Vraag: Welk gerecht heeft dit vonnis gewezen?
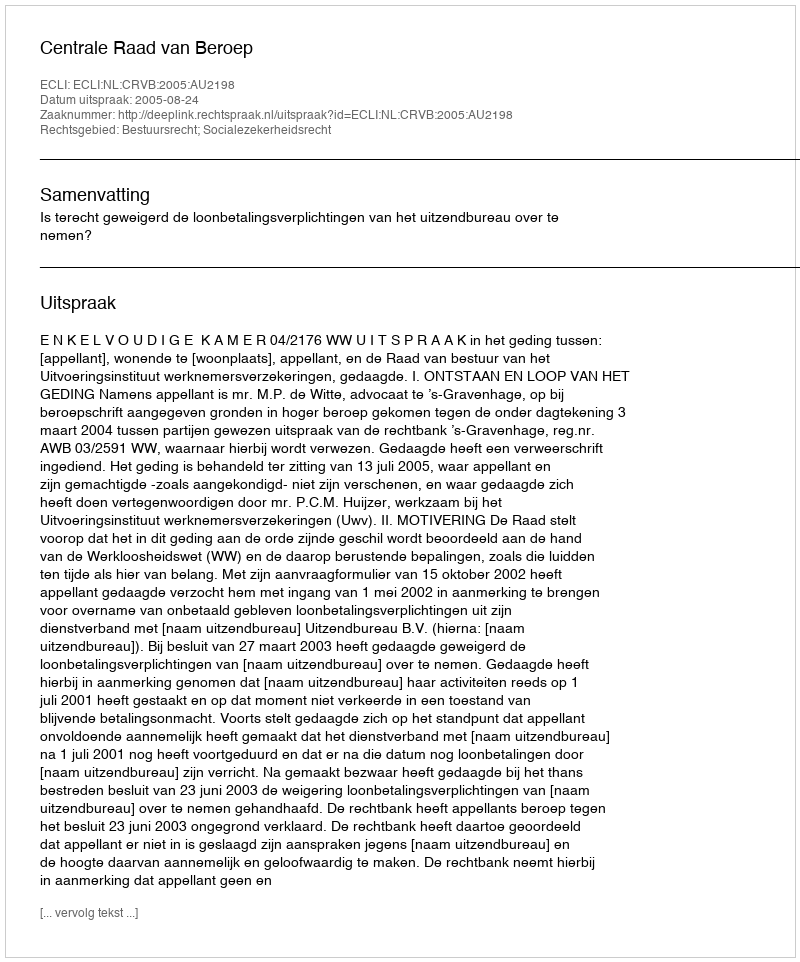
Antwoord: Centrale Raad van Beroep